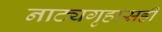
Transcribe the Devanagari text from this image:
नाट्यगृहासही